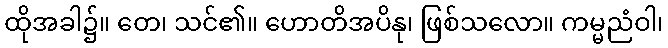
ထိုအခါ၌။ တေ၊ သင်၏။ ဟောတိအပိနု၊ ဖြစ်သလော။ ကမ္မညံဝါ၊